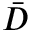
\bar { D }